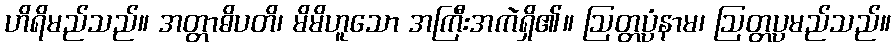
ဟိရိမည်သည်။ အတ္တာဓိပတိ၊ မိမိဟူသော အကြီးအကဲရှိ၏။ ဩတ္တပ္ပံနာမ၊ ဩတ္တပ္ပမည်သည်။